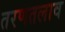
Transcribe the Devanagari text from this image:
तरणतलाव